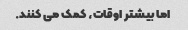
اما بیشتر اوقات، کمک می کنند.